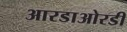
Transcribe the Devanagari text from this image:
आरडाओरडी